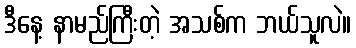
ဒီနေ့ နာမည်ကြီးတဲ့ အသစ်က ဘယ်သူလဲ။